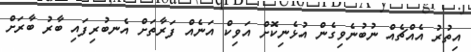
އިތުރު އެއްޗެއް ނުބުނެވިގެން އުޅެނިކޮށް އަވިކް އަނެއް ފަރާތަށް އެނބުރިފައި ބާރު ބާރަށް